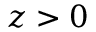
z > 0